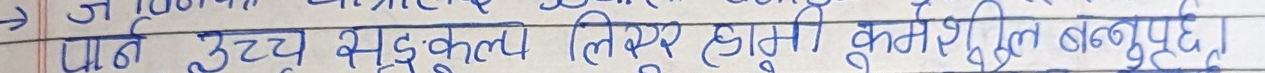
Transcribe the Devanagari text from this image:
पानी उच्च सदृशलय लिएर हामी कर्मशिल बन्नु पर्छ।